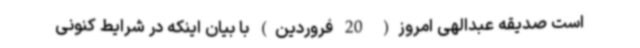
است صدیقه عبدالهی امروز( 20 فروردین) با بیان اینکه در شرایط کنونی